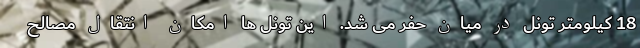
18 کیلومتر تونل در میان حفر می شد. این تونل ها امکان انتقال مصالح